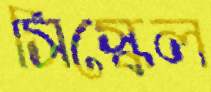
সিস্কেল